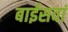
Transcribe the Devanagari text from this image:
बाईसवां